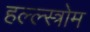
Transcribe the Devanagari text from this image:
हल्ल्स्त्रोम